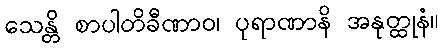
သေန္တိ စာပါတိခီဏာဝ၊ ပုရာဏာနိ အနုတ္ထုနံ။